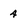
Character: 4